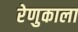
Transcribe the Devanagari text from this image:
रेणुकाला